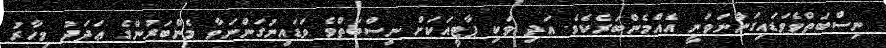
ނިސްބަތްވެވަޑައިގަންނަވަނީ އެއްމެންބަރެކެވެ. އަދި ވަކި ޕާޓީއަކަށް ނިސްބަތްވެ ވަޑައިނުގަންނަވާ މެންބަރުންގެ ޢަދަދު މިހާރު